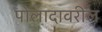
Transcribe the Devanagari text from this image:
पोलादावरील